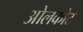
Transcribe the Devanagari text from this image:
ओलकोट